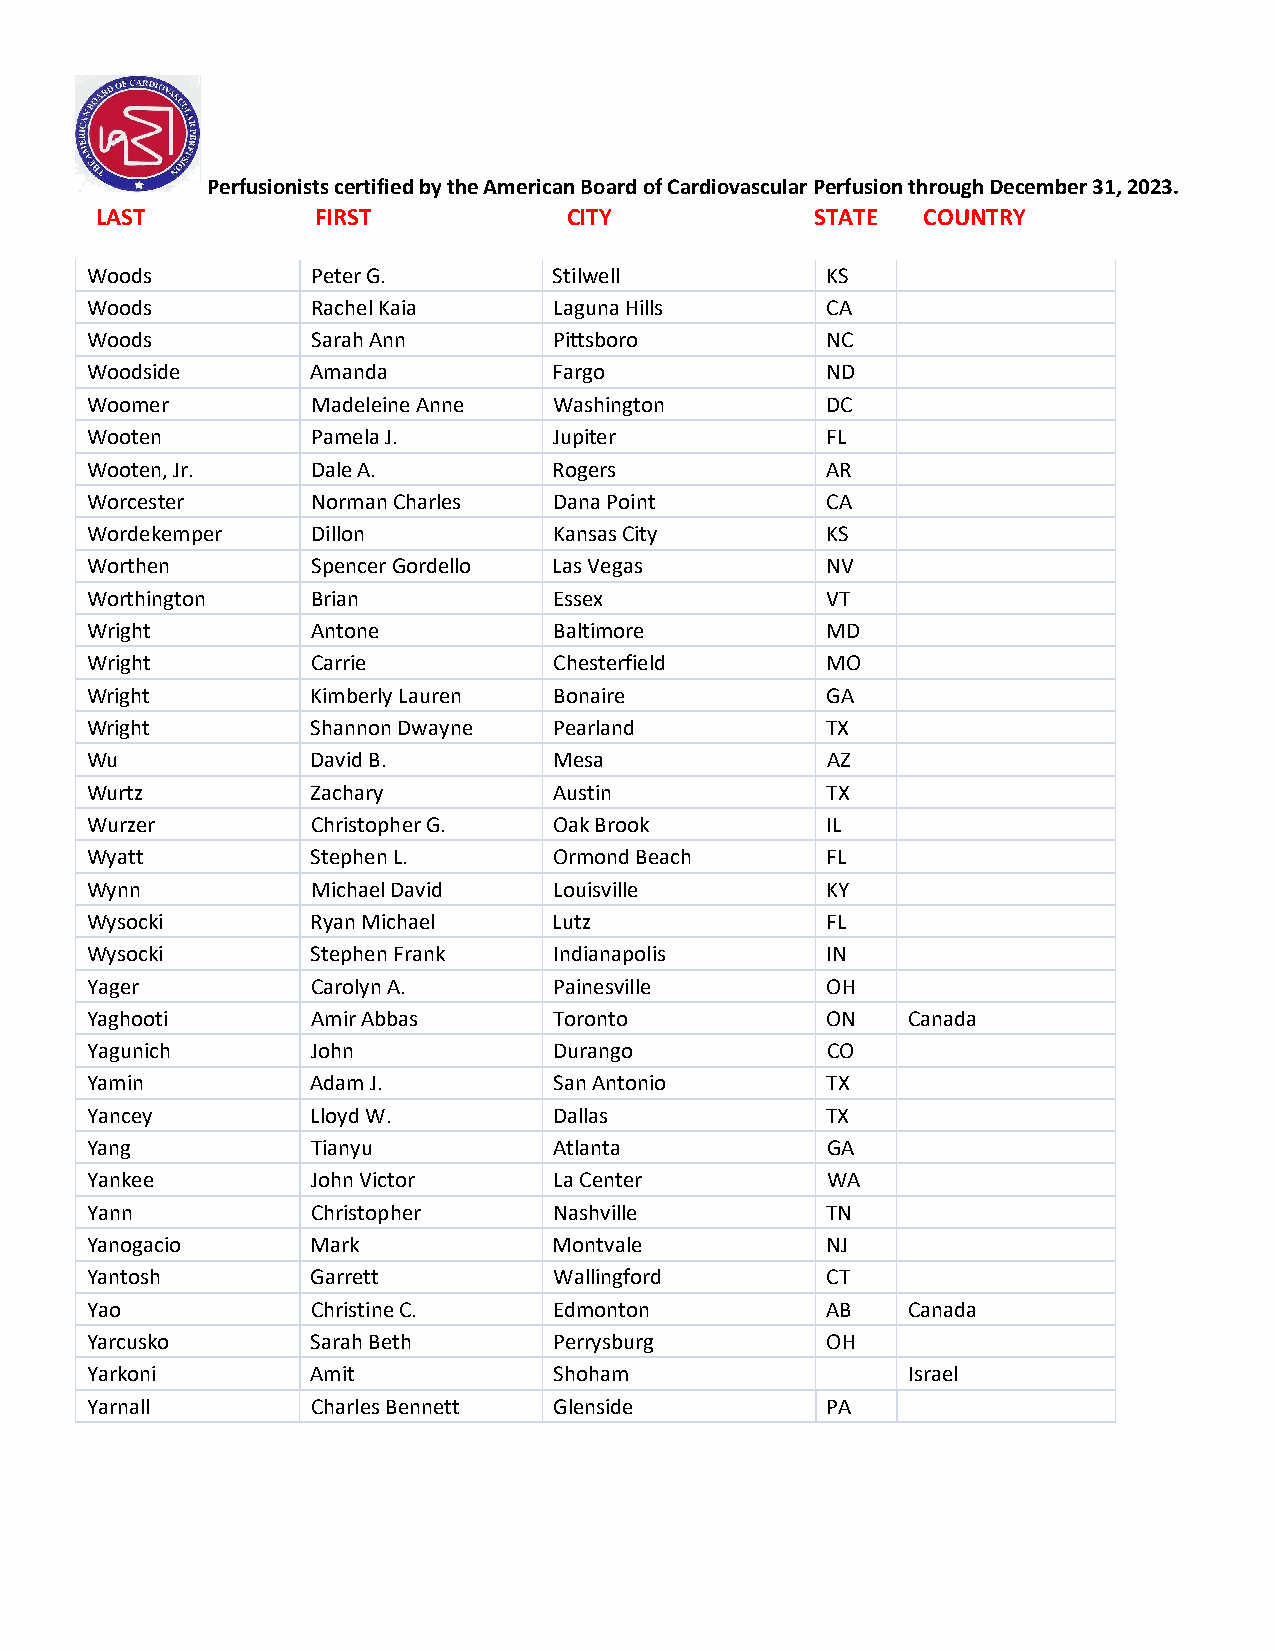
Perfusionists certified by the American Board of Cardiovascular Perfusion through December 31, 2023.
 LAST           FIRST            CITY            STATE  COUNTRY
 Woods          Peter G.        Stilwell          KS
 Woods          Rachel Kaia     Laguna Hills      CA
 Woods          Sarah Ann       Pittsboro         NC
 Woodside       Amanda          Fargo             ND
 Woomer         Madeleine Anne  Washington        DC
 Wooten         Pamela J.       Jupiter           FL
 Wooten, Jr.    Dale A.         Rogers            AR
 Worcester      Norman Charles  Dana Point        CA
 Wordekemper    Dillon          Kansas City       KS
 Worthen        Spencer Gordello Las Vegas        NV
 Worthington    Brian           Essex             VT
 Wright         Antone          Baltimore         MD
 Wright         Carrie          Chesterfield      MO
 Wright         Kimberly Lauren Bonaire           GA
 Wright         Shannon Dwayne  Pearland          TX
 Wu             David B.        Mesa              AZ
 Wurtz          Zachary         Austin            TX
 Wurzer         Christopher G.  Oak Brook         IL
 Wyatt          Stephen L.      Ormond Beach      FL
 Wynn           Michael David   Louisville        KY
 Wysocki        Ryan Michael    Lutz              FL
 Wysocki        Stephen Frank   Indianapolis      IN
 Yager          Carolyn A.      Painesville       OH
 Yaghooti       Amir Abbas      Toronto           ON   Canada
 Yagunich       John            Durango           CO
 Yamin          Adam J.         San Antonio       TX
 Yancey         Lloyd W.        Dallas            TX
 Yang           Tianyu          Atlanta           GA
 Yankee         John Victor     La Center         WA
 Yann           Christopher     Nashville         TN
 Yanogacio      Mark            Montvale          NJ
 Yantosh        Garrett         Wallingford       CT
 Yao            Christine C.    Edmonton          AB   Canada
 Yarcusko       Sarah Beth      Perrysburg        OH
 Yarkoni        Amit            Shoham                 Israel
 Yarnall        Charles Bennett Glenside          PA